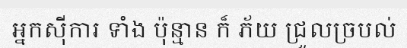
អ្នកស៊ីការ ទាំង ប៉ុន្មាន ក៏ ភ័យ ជ្រួលច្របល់